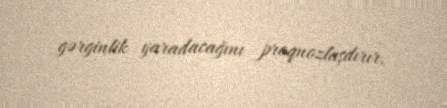
gərginlik yaradacağını proqnozlaşdırır.